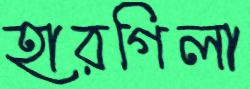
হারগিলা